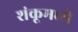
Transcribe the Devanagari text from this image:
शंकूमध्ये